Scientific memoirs by medical officers of the Army of India - Part X,
Year: 1897
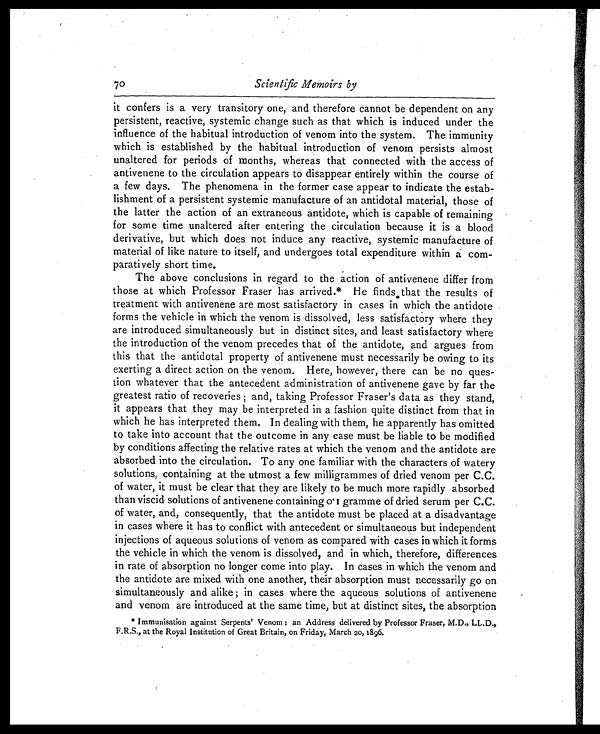
70
Scientific Memoirs by
it confers is a very transitory one, and therefore cannot be dependent on any
persistent, reactive, systemic change such as that which is induced under the
influence of the habitual introduction of venom into the system. The immunity
which is established by the habitual introduction of venom persists almost
unaltered for periods of months, whereas that connected with the access of
antivenene to the circulation appears to disappear entirely within the course of
a few days. The phenomena in the former case appear to indicate the estab-
lishment of a persistent systemic manufacture of an antidotal material, those of
the latter the action of an extraneous antidote, which is capable of remaining
for some time unaltered after entering the circulation because it is a blood
derivative, but which does not induce any reactive, systemic manufacture of
material of like nature to itself, and undergoes total expenditure within a com-
paratively short time.
The above conclusions in regard to the action of antivenene differ from
those at which Professor Fraser has arrived* He finds that the results of
treatment with antivenene are most satisfactory in cases in which the antidote
forms the vehicle in which the venom is dissolved, less satisfactory where they
are introduced simultaneously but in distinct sites, and least satisfactory where
the introduction of the venom precedes that of the antidote, and argues from
this that the antidotal property of antivenene must necessarily be owing to its
exerting a direct action on the venom. Here, however, there can be no ques-
tion whatever that the antecedent administration of antivenene gave by far the
greatest ratio of recoveries ; and, taking Professor Fraser's data as they stand,
it appears that they may be interpreted in a fashion quite distinct from that in
which he has interpreted them. In dealing with them, he apparently has omitted
to take into account that the outcome in any case must be liable to be modified
by conditions affecting the relative rates at which the venom and the antidote are
absorbed into the circulation. To any one familiar with the characters of watery
solutions, containing at the utmost a few milligrammes of dried venom per C.C.
of water, it must be clear that they are likely to be much more rapidly absorbed
than viscid solutions of antivenene containing 0.1 gramme of dried serum per C.C.
of water, and, consequently, that the antidote must be placed at a disadvantage
in cases where it has to conflict with antecedent or simultaneous but independent
injections of aqueous solutions of venom as compared with cases in which it forms
the vehicle in which the venom is dissolved, and in which, therefore, differences
in rate of absorption no longer come into play. In cases in which the venom and
the antidote are mixed with one another, their absorption must necessarily go on
si mul t aneousl y and al i ke ; i n cases where t he aqueous sol ut i ons of ant i venene
and venom are introduced at the same time, but at distinct sites, the absorption
* Immunisation against Serpents' Venom : an Address delivered by Professor Fraser, M.D., LL.D.,
F.R.S., at the Royal Institution of Great Britain, on Friday, March 20,1896.